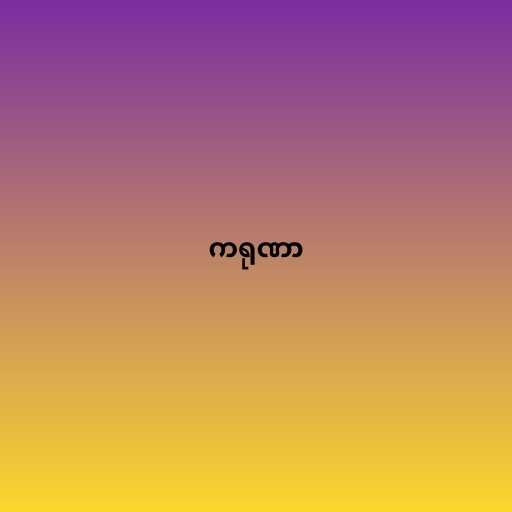
ကရုဏာ